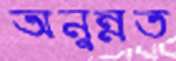
অনুন্নত